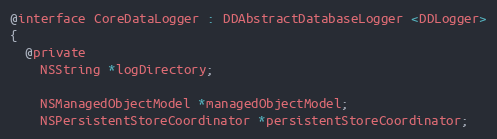
Language: C
@interface CoreDataLogger : DDAbstractDatabaseLogger <DDLogger>
{
  @private
    NSString *logDirectory;

    NSManagedObjectModel *managedObjectModel;
    NSPersistentStoreCoordinator *persistentStoreCoordinator;